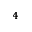
_ 4